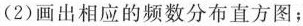
(2)画出相应的频数分布直方图；